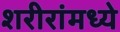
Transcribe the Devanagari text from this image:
शरीरांमध्ये